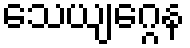
သေယျဂ္ဂေန